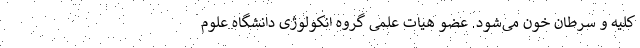
کلیه و سرطان خون می‌شود. عضو هیات علمی گروه انکولوژی دانشگاه علوم